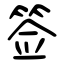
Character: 签